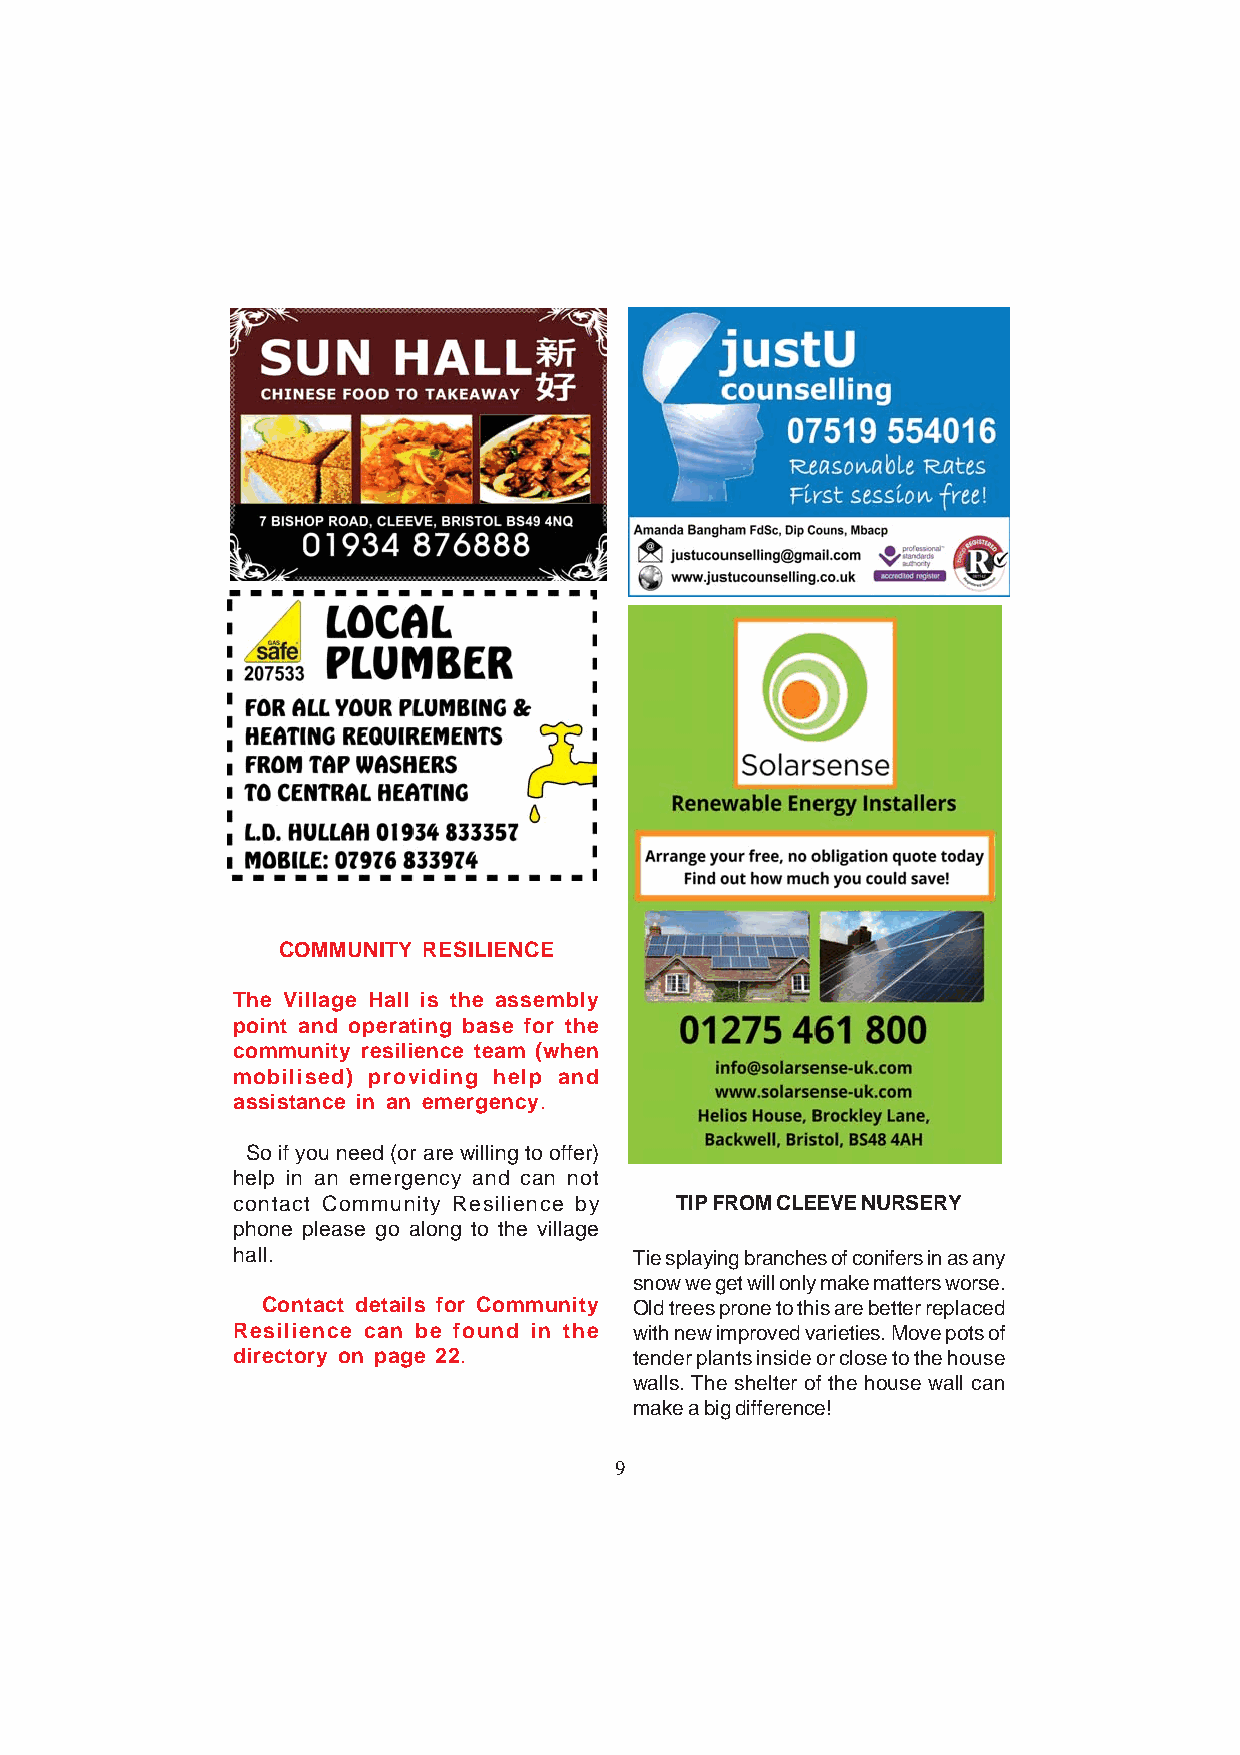
COMMUNITY RESILIENCE
 The Village Hall is the assembly
 point and operating base for the
 community resilience team (when
 mobilised) providing help and
 assistance in an emergency.
 So if you need (or are willing to offer)
 help in an emergency and can not
 contact Community Resilience by TIP FROM CLEEVE NURSERY
 phone please go along to the village
 hall.                      Tie splaying branches of conifers in as any
 snow we get will only make matters worse.
 Contact details for Community Old trees prone to this are better replaced
 Resilience can be found in the with new improved varieties. Move pots of
 directory on page 22.      tender plants inside or close to the house
 walls. The shelter of the house wall can
 make a big difference!
 9